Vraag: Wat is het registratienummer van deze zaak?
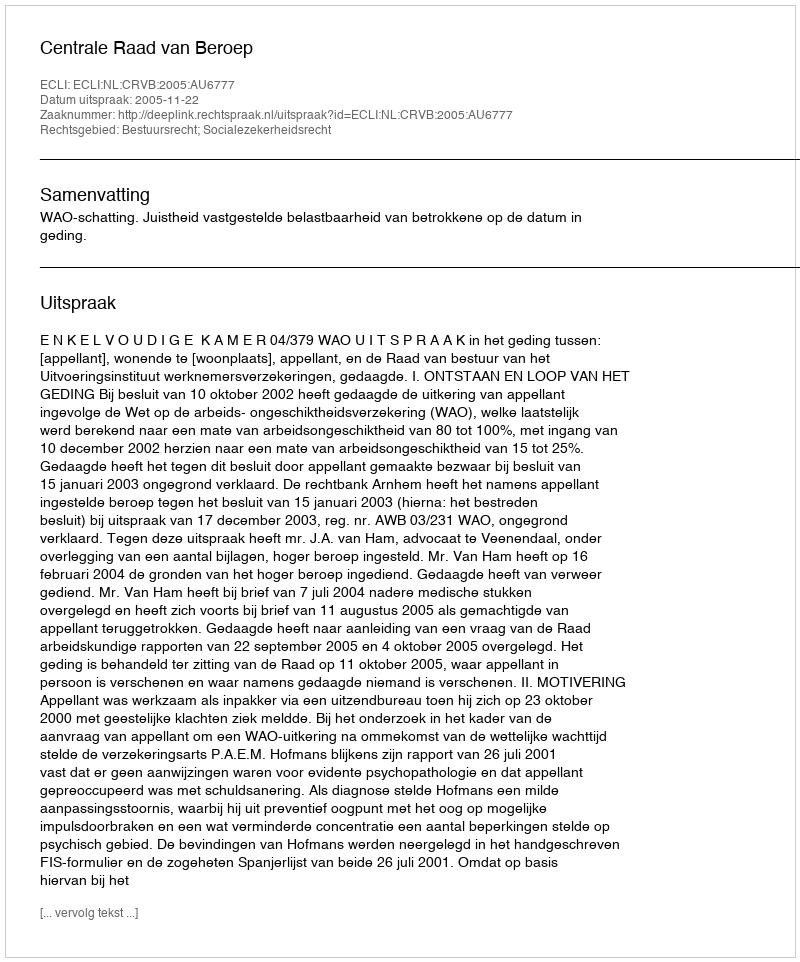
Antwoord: http://deeplink.rechtspraak.nl/uitspraak?id=ECLI:NL:CRVB:2005:AU6777